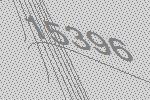
15396